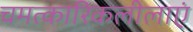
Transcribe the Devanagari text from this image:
चमत्कारिकलीलाएं